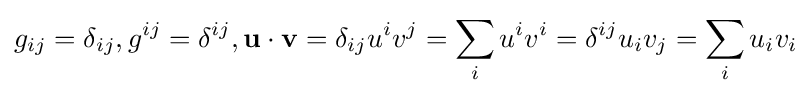
g_{ij}=\delta _{ij},g^{ij}=\delta ^{ij},\mathbf {u} \cdot \mathbf {v} =\delta _{ij}u^{i}v^{j}=\sum _{i}u^{i}v^{i}=\delta ^{ij}u_{i}v_{j}=\sum _{i}u_{i}v_{i}